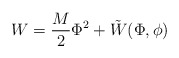
\begin{align*}W=\frac{M}{2}\Phi^2+\tilde{W}(\Phi,\phi)\end{align*}